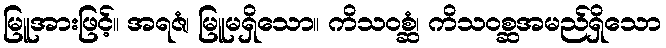
မြူအားဖြင့်။ အရဇံ၊ မြူမရှိသော။ ကိသဝစ္ဆံ၊ ကိသဝစ္ဆအမည်ရှိသော